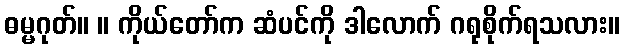
ဓမ္မဂုတ်။ ။ ကိုယ်တော်က ဆံပင်ကို ဒါလောက် ဂရုစိုက်ရသလား။